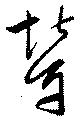
輦